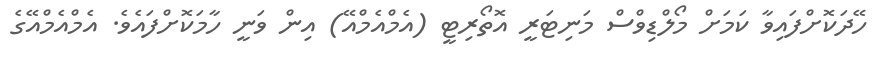
ހޭދަކޮށްފައިވާ ކަމަށް މޯލްޑިވްސް މަނިޓަރީ އޮތޯރިޓީ (އެމްއެމްއޭ) އިން ވަނީ ހާމަކޮށްފައެވެ. އެމްއެމްއޭގެ